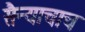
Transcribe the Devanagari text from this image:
सैन्याचाच